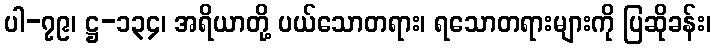
ပါ-၇၉၊ ဋ္ဌ-၁၃၄၊ အရိယာတို့ ပယ်သောတရား၊ ရသောတရားများကို ပြဆိုခန်း၊